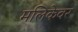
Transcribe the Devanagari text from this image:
मलिकेवर